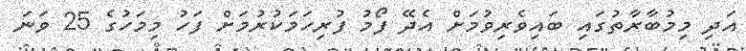
އަދި މިމުބާރާތުގައި ބައިވެރިވުމަށް އެދޭ ފޯމު ފުރިހަމަކުރުމަށް ފަހު މިމަހުގެ 25 ވަނަ